Leaving Certificate, 1900
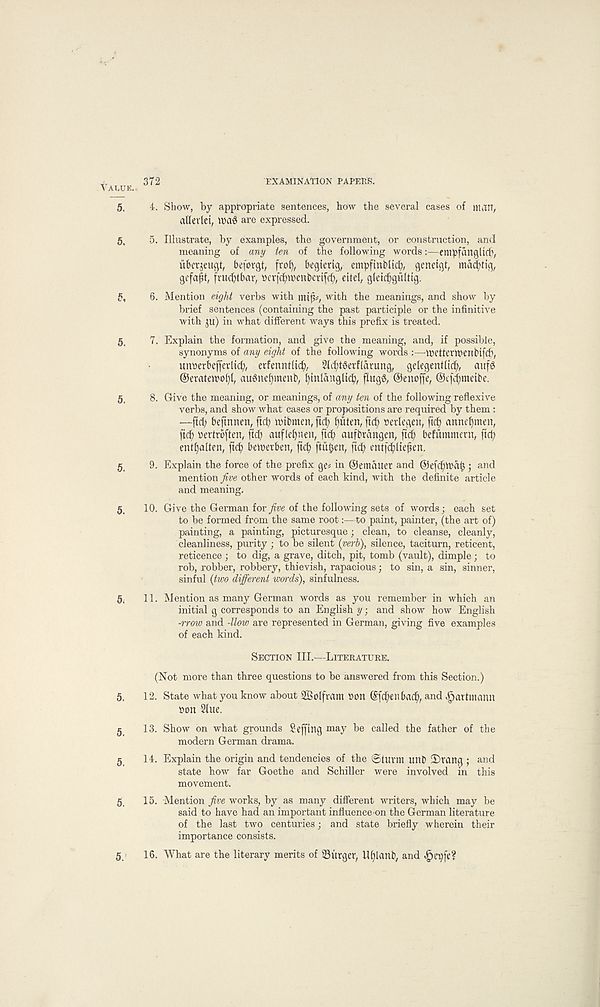
372
EXAMINATION PAPERS.
t^ALUE.
5. 4. Show, by appropriate sentences, how the several cases of man,
alledei, U)a6 are expressed.
5, 5. Illustrate, by examples, the government, or construction, and
meaning of any ten of the following words:—empfungltch,
ubeqeugt, beforgt, frof), begtcrig, empfinblid), genetgl, ma^tig,
gefapt, (rucbtbar, »crf{fyh>enbertfcf>, eitel, glei^gultig.
6. Mention eight verbs with miji*, with the meanings, and show by
brief sentences (containing the past participle or the infinitive
with px) in what different ways this prefix is treated.
5, 7. Explain the formation, and give the meaning, and, if possible,
synonyms of any eight of the following words :—Xpetterwenbifcb,
unserbeffevlicb, erfenntlicfy, 2Icf;t@etflarung, gelegentlid), aitfS
©eratewol)!, au6nef)menb, fyinlanglicb, flugg, ©enoffe, ©ef^meibe.
5, 8. Give the meaning, or meanings, of any ten of the following reflexive
verbs, and show what cases or propositions are required by them:
—ftd; beftnnen, ftcb ivibmcn, ftcb fjuten, ft cfj ) sedegen, ftcb amu' fjmen,
ficb hedrbften, aufle^nen, fid) aufbrangen, befummern, ftcb
entbalten, ftdb betperben, ftcb ftu&etr, fid; entfcbltejjen.
§_ 9. Explain the force of the prefix ge# in ©ematter and ©efcbmab ) ai| d
mention five other words of each kind, with the definite article
and meaning.
5, 10. Give the German for five of the following sets of words; each set
to be formed from the same root:—to paint, painter, (the art of)
painting, a painting, picturesque; clean, to cleanse, cleanly,
cleanliness, purity ; to be silent (verb), silence, taciturn, reticent,
reticence ; to dig, a grave, ditch, pit, tomb (vault), dimple; to
rob, robber, robbery, thievish, rapacious; to sin, a sin, sinner,
sinful (two different words), sinfulness.
5, 11. Mention as many German words as you remember in which an
initial g corresponds to an English y; and show how English
-rrow and -llow are represented in German, giving five examples
of each kind.
Section III.—Literature.
(Not more than three questions to be answered from this Section.)
5, 12. State what you know about 2Bolfram »ott @fd;eiibacb, and Jpadnumn
bon Slue.
$ 13. Show on what grounds £ effing may be called the father of the
modern German drama.
5 14. Explain the origin and tendencies of the ©lurm unb ©rang ; and
state how far Goethe and Schiller were involved in this
movement.
§ 15. Mention ^reworks, by as many different writers, which may be
said to have had an important influence*on the German literature
of the last two centuries; and state briefly wherein their
importance consists.
16. What are the literary merits of burger, Ufflanb, and ^t’pfe?
5.